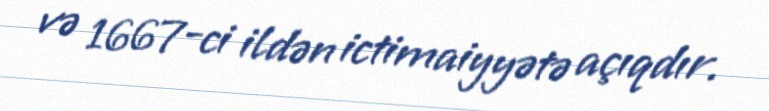
və 1667-ci ildən ictimaiyyətə açıqdır.